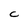
Character: C